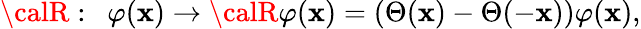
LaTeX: {\calR}:\ \ \varphi(\mathbf{x})\rightarrow{\calR}\varphi(\mathbf{x})=(\Theta(\mathbf{x})-\Theta(-\mathbf{x}))\varphi(\mathbf{x}),